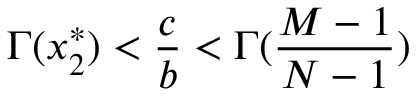
\Gamma ( x _ { 2 } ^ { * } ) < \frac { c } { b } < \Gamma ( \frac { M - 1 } { N - 1 } )